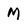
Character: M